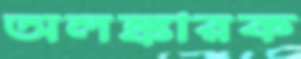
অলঙ্কারক